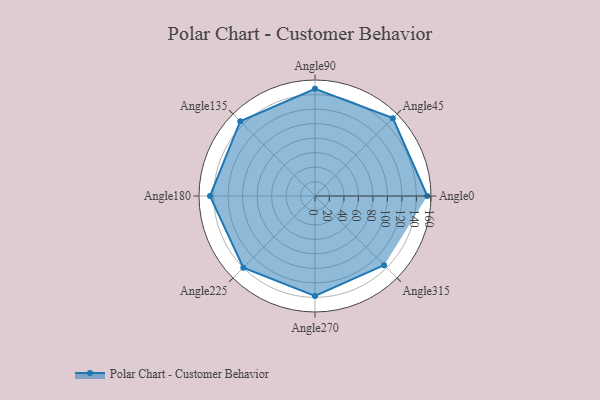
{"axis": {"x": "Angle", "y": "Radius"}, "legend": [""], "data": [{"x": "Angle0", "y": 155.0, "type": ""}, {"x": "Angle45", "y": 152.0, "type": ""}, {"x": "Angle90", "y": 148.0, "type": ""}, {"x": "Angle135", "y": 146.0, "type": ""}, {"x": "Angle180", "y": 145.0, "type": ""}, {"x": "Angle225", "y": 140.0, "type": ""}, {"x": "Angle270", "y": 138.0, "type": ""}, {"x": "Angle315", "y": 135.0, "type": ""}]}